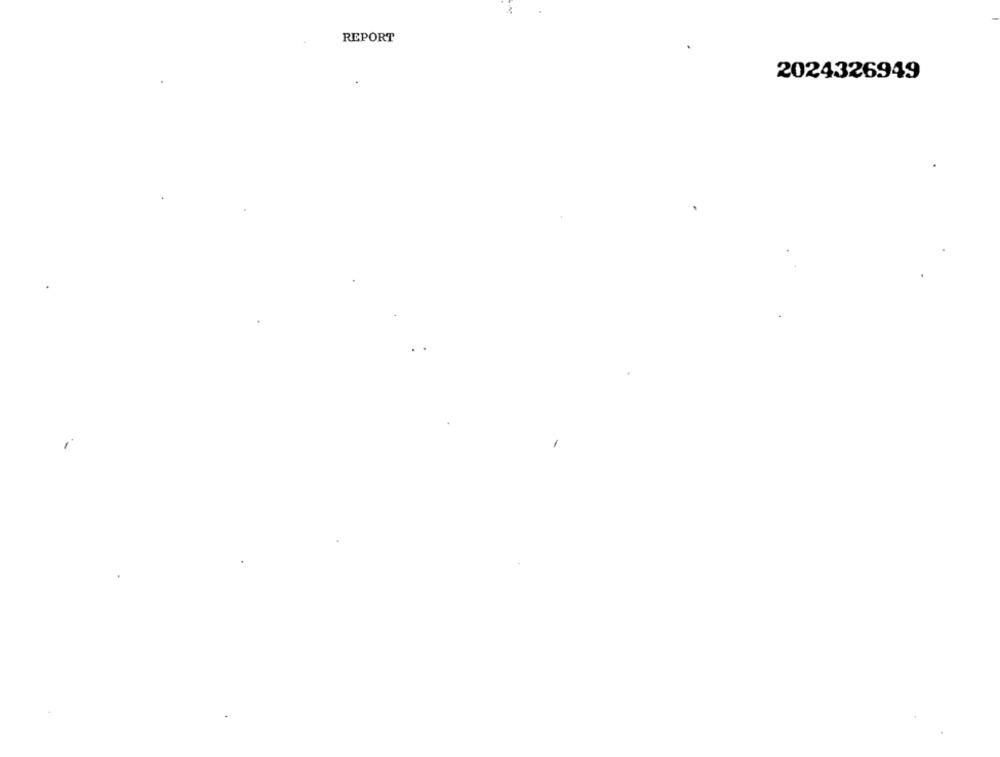
REPORT
2024326949